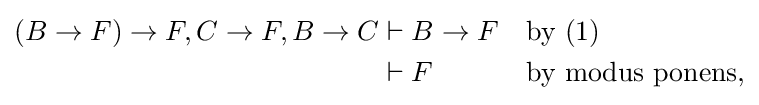
{\begin{aligned}(B\to F)\to F,C\to F,B\to C&\vdash B\to F&&{\text{by (1)}}\\&\vdash F&&{\text{by modus ponens,}}\end{aligned}}